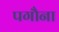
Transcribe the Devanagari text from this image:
पगौना